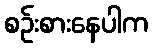
စဉ်းစားနေပါက